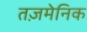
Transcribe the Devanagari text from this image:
तज़मेनिक